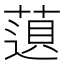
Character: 𬝿